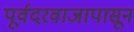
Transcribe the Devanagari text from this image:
पूर्वदरवाजापासून